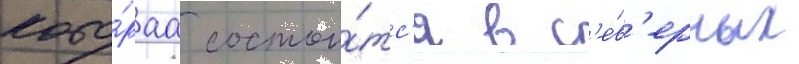
кото́раа состои́тс'я в с'е́в'ерных